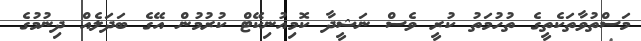
މަސްތުވާތަކެތީގެ ތުހުމަތު ކުރީ ވެސް ނަޝީދާ ކޮމިއުނިކޭޓް ކުރުމުން އޭގެ ބަދަލެއް ދިނުމުގެ